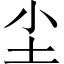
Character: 尘